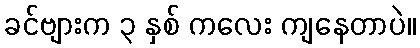
ခင်ဗျားက ၃ နှစ် ကလေး ကျနေတာပဲ။